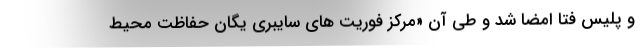
و پلیس فتا امضا شد و طی آن «مرکز فوریت‌ های سایبری یگان حفاظت محیط